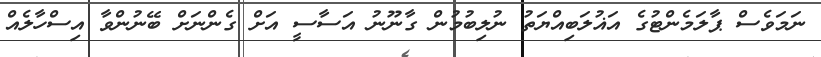
ނަމަވެސް ޕާލަމެންޓުގެ އަޣުލަބިއްޔަތު ނުލިބުމުން ގާނޫނު އަސާސީ އަށް ގެންނަށް ބޭނުންވާ އިސްހާލެއް